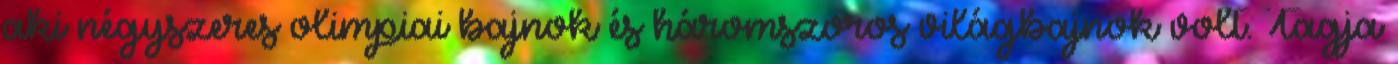
aki négyszeres olimpiai bajnok és háromszoros világbajnok volt. Tagja